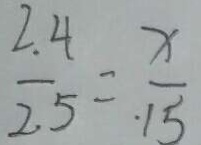
\frac { 2 . 4 } { 2 . 5 } = \frac { x } { \cdot 1 5 }